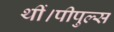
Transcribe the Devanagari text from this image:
थीं।पीपुल्स